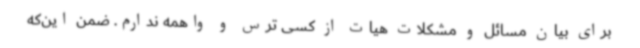
برای بیان مسائل و مشکلات هیات از کسی ترس و واهمه ندارم. ضمن این‌که